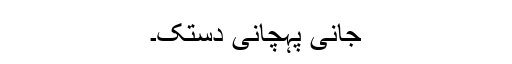
جانی پہچانی دستک۔